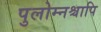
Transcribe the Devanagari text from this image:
पुलोम्नश्चापि